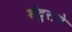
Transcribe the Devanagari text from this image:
शेंदुराने